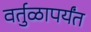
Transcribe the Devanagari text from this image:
वर्तुळापर्यंत